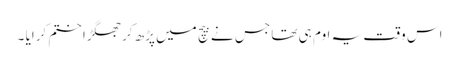
اس وقت یہ اوم ہی تھا جس نے بیچ میں پڑھ کر جھگڑا ختم کرایا ۔